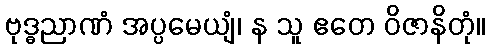
ဗုဒ္ဓညာဏံ အပ္ပမေယျံ၊ န သူ ဧတေ ဝိဇာနိတုံ။